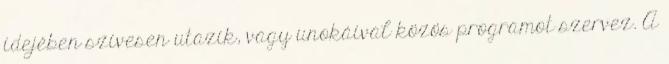
idejében szívesen utazik, vagy unokáival közös programot szervez. A